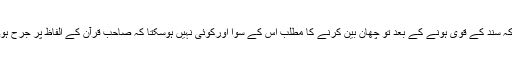
کہ سند کے قوی ہونے کے بعد تو چھان بین کرنے کا مطلب اس کے سوا اورکوئی نہیں ہوسکتا کہ صاحب قرآن کے الفاظ پر جرح ہو۔